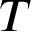
T